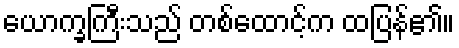
ယောက္ခကြီးသည် တစ်ထောင့်က ထပြန်၏။